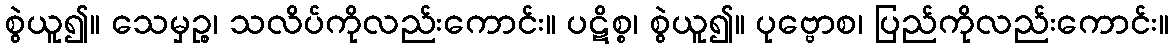
စွဲယူ၍။ သေမှဉ္စ၊ သလိပ်ကိုလည်းကောင်း။ ပဋိစ္စ၊ စွဲယူ၍။ ပုဗ္ဗောစ၊ ပြည်ကိုလည်းကောင်း။